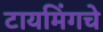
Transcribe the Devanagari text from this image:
टायमिंगचे